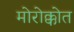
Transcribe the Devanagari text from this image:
मोरोक्कोत